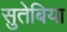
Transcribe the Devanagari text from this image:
सुतेबिया